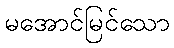
မအောင်မြင်သော